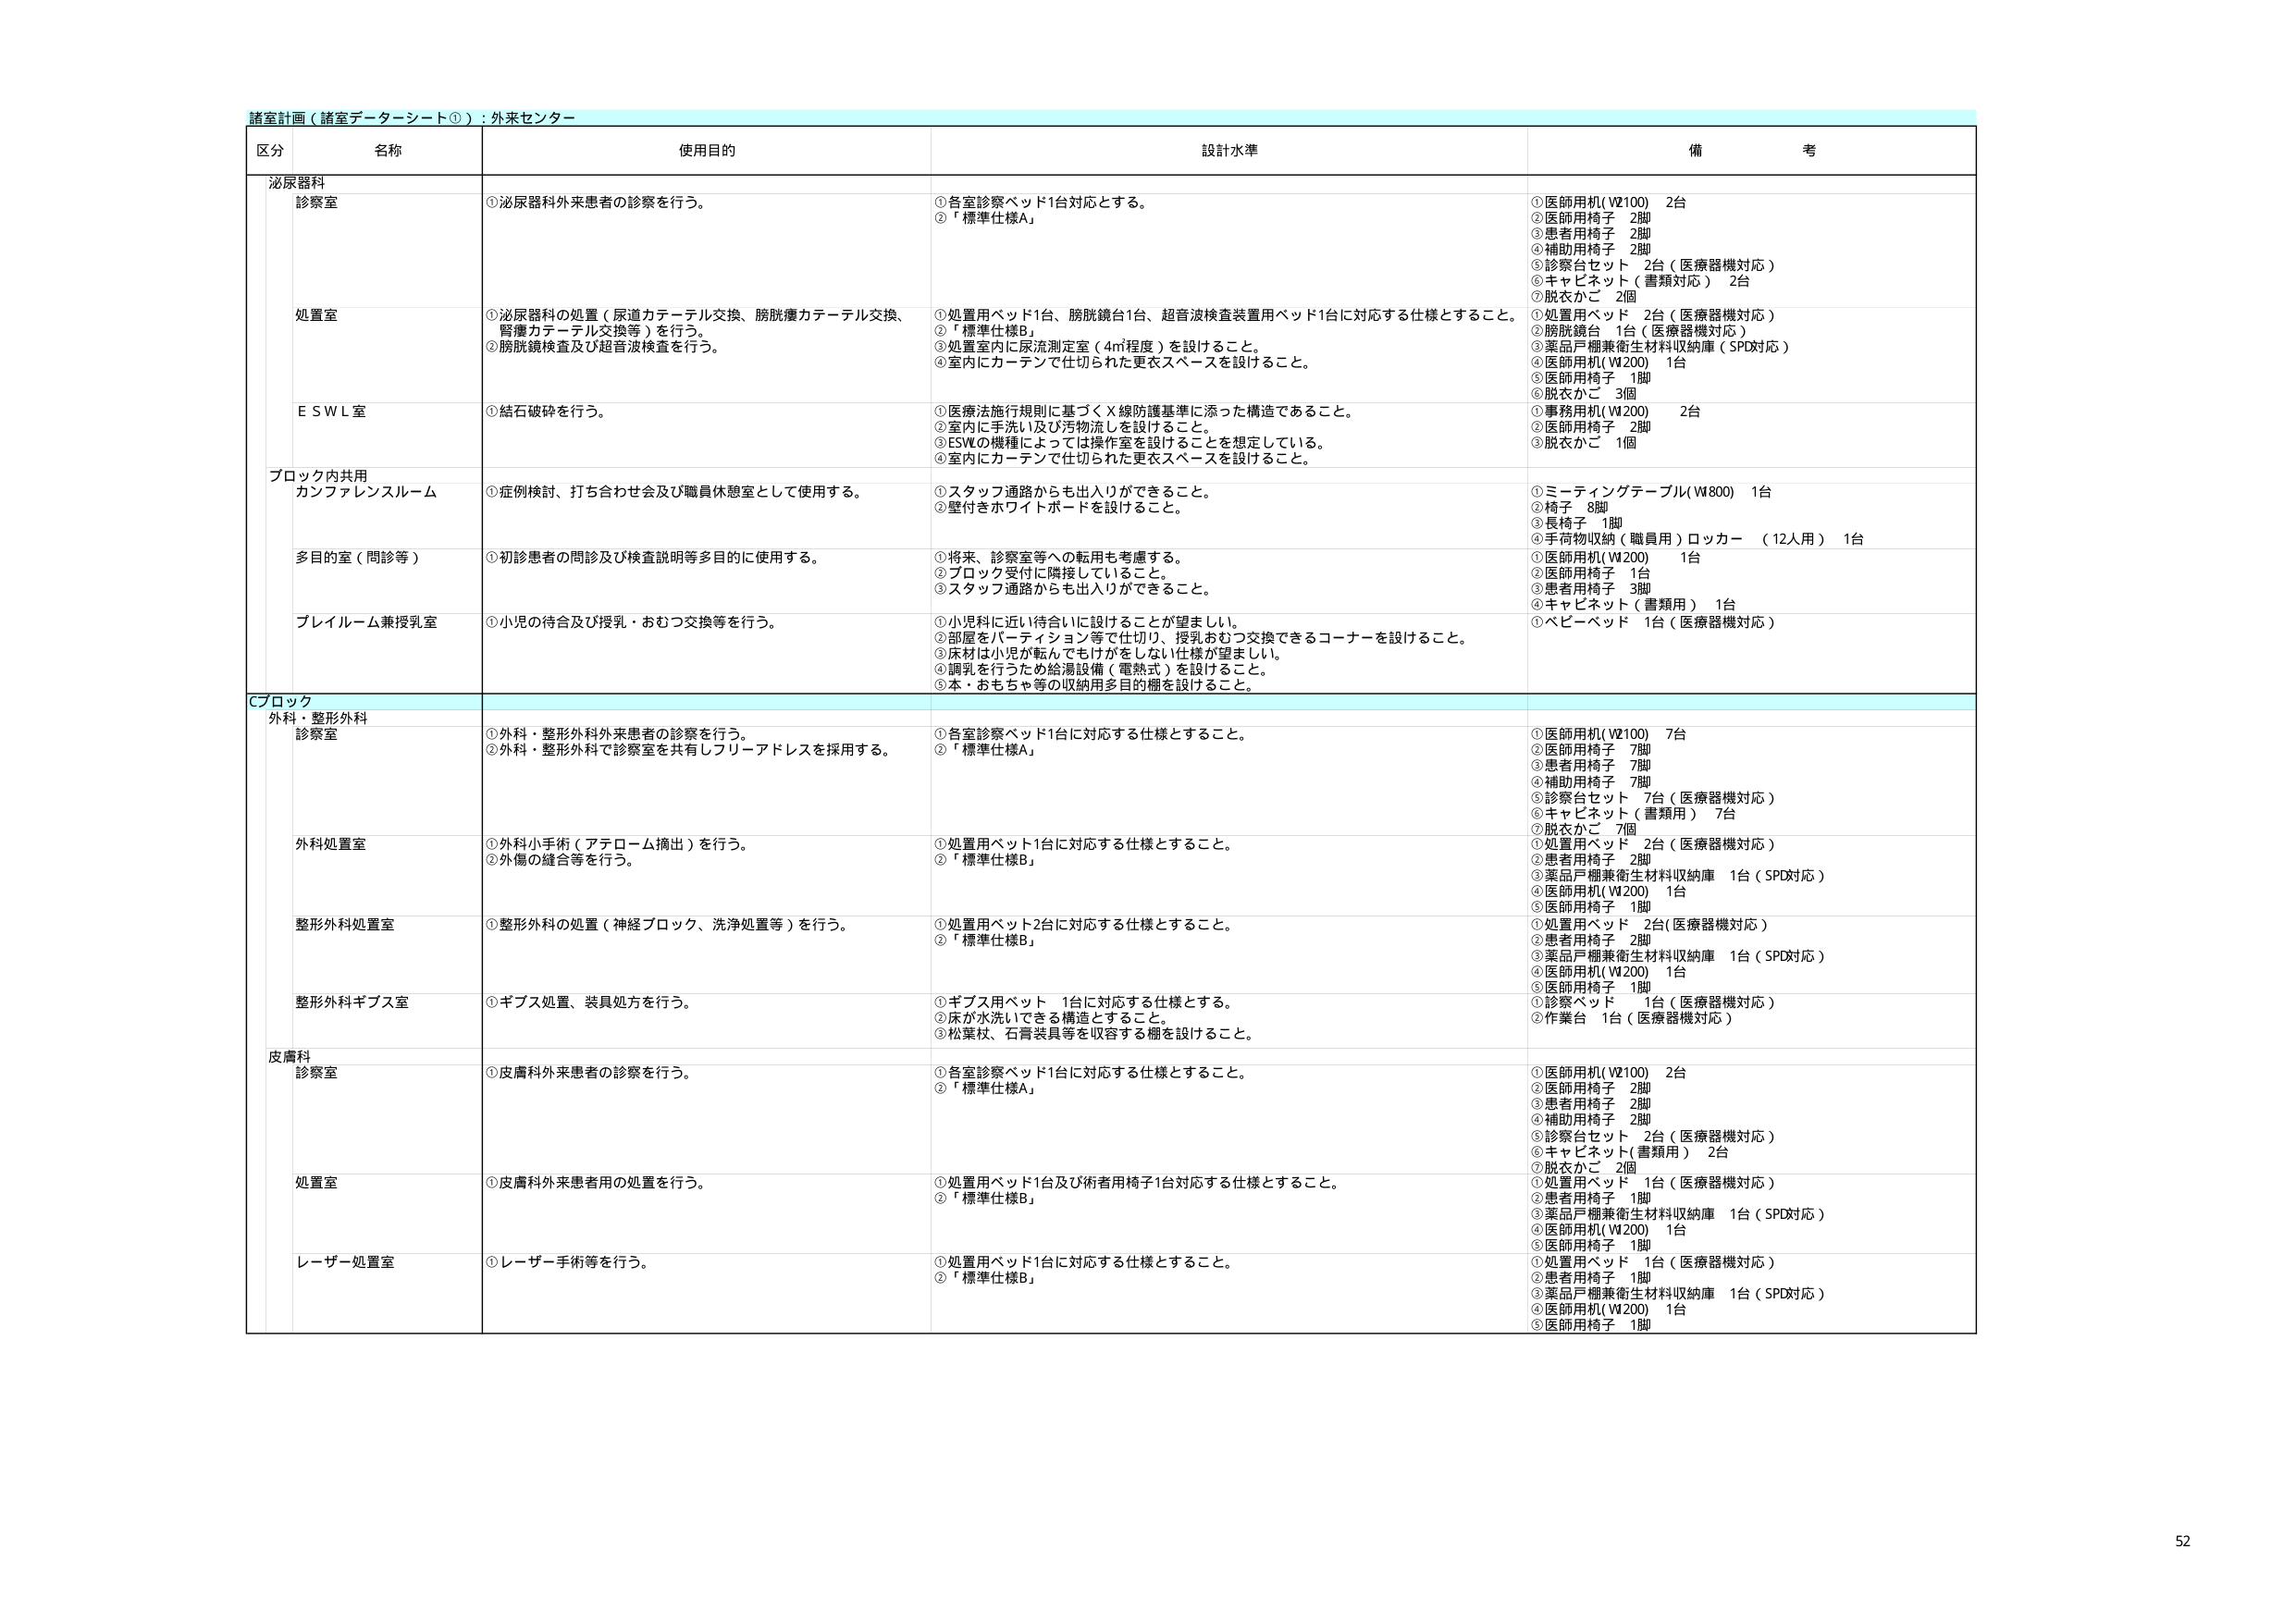
諸室計画（諸室データシート①）：外来センター

区分 名称 使用目的 設計水準 備考

泌尿器科
診察室
①泌尿器科外来患者の診察を行う。
①各室診察ベッド1台対応とする。
②「標準仕様A」
①医師用机(W100) 2台
②医師用椅子 2脚
③患者用椅子 2脚
④補助用椅子 2脚
⑤診察台セット 2台（医療器機対応）
⑥キャビネット（書類対応） 2台
⑦脱衣かご 2個

処置室
①泌尿器科の処置（尿道カテーテル交換、膀胱瘻カテーテル交換、腎瘻カテーテル交換等）を行う。
②膀胱鏡検査及び超音波検査を行う。
①処置用ベッド1台、膀胱鏡台1台、超音波検査装置用ベッド1台に対応する仕様とすること。
②「標準仕様B」
③処置室内に尿流測定室（4㎡程度）を設けること。
④室内にカーテンで仕切られた更衣スペースを設けること。
①処置用ベッド 2台（医療器機対応）
②膀胱鏡台 1台（医療器機対応）
③薬品戸棚兼衛生材料収納庫（SPD対応）
④医師用机(W200) 1台
⑤医師用椅子 1脚
⑥脱衣かご 3個

ＥＳＷＬ室
①結石破砕を行う。
①医療法施行規則に基づくＸ線防護基準に添った構造であること。
②室内に手洗い及び汚物洗いを設けること。
③ESWの機種によっては操作室を設けることを想定している。
④室内にカーテンで仕切られた更衣スペースを設けること。
①事務用机(W200) 2台
②医師用椅子 2脚
③脱衣かご 1個

ブロック内共用
カンファレンスルーム
①症例検討、打ち合わせ会及び職員休憩室として使用する。
①スタッフ通路からも出入りができること。
②壁付きホワイトボードを設けること。
①ミーティングテーブル(W800) 1台
②椅子 8脚
③長椅子 1脚
④手荷物収納（職員用）ロッカー （12人用） 1台

多目的室（問診等）
①初診患者の問診及び検査説明等多目的に使用する。
①将来、診察室等への転用も考慮する。
②ブロック受付に隣接していること。
③スタッフ通路からも出入りができること。
①医師用机(W200) 1台
②医師用椅子 1台
③患者用椅子 3脚
④キャビネット（書類用） 1台

ブレイルーム兼授乳室
①小児の待合及び授乳・おむつ交換等を行う。
①小児科に近い待合に設けることが望ましい。
②部屋をパーティション等で仕切り、授乳おむつ交換できるコーナーを設けること。
③床材は小児が転んでもけがしない仕様が望ましい。
④調乳を行うため給湯設備（電熱式）を設けること。
⑤本・おもちゃ等の収納用多目的棚を設けること。
①ベビーベッド 1台（医療器機対応）

Ｃブロック

外科・整形外科
診察室
①外科・整形外科外来患者の診察を行う。
②外科・整形外科で診察室を共有しフリーアドレスを採用する。
①各室診察ベッド1台に対応する仕様とすること。
②「標準仕様A」
①医師用机(W100) 7台
②医師用椅子 7脚
③患者用椅子 7脚
④補助用椅子 7脚
⑤診察台セット 7台（医療器機対応）
⑥キャビネット（書類用） 7台
⑦脱衣かご 7個

外科処置室
①外科小手術（アテローム摘出）を行う。
②外傷の縫合等を行う。
①処置用ベッド1台に対応する仕様とすること。
②「標準仕様B」
①処置用ベッド 2台（医療器機対応）
②患者用椅子 2脚
③薬品戸棚兼衛生材料収納庫 1台（SPD対応）
④医師用机(W200) 1台
⑤医師用椅子 1脚

整形外科処置室
①整形外科の処置（神経ブロック、洗浄処置等）を行う。
①処置用ベッド2台に対応する仕様とすること。
②「標準仕様B」
①処置用ベッド 2台（医療器機対応）
②患者用椅子 2脚
③薬品戸棚兼衛生材料収納庫 1台（SPD対応）
④医師用机(W200) 1台
⑤医師用椅子 1脚

整形外科ギプス室
①ギプス処置、装具処方を行う。
①ギプス用ベッド 1台に対応する仕様とすること。
②床が水洗いできる構造とすること。
③松葉杖、石膏装具等を収容する棚を設けること。
①診察ベッド 1台（医療器機対応）
②作業台 1台（医療器機対応）

皮膚科
診察室
①皮膚科外来患者の診察を行う。
①各室診察ベッド1台に対応する仕様とすること。
②「標準仕様A」
①医師用机(W100) 2台
②医師用椅子 2脚
③患者用椅子 2脚
④補助用椅子 2脚
⑤診察台セット 2台（医療器機対応）
⑥キャビネット（書類用） 2台
⑦脱衣かご 2個

処置室
①皮膚科外来患者用の処置を行う。
①処置用ベッド1台及び術者用椅子1台対応する仕様とすること。
②「標準仕様B」
①処置用ベッド 1台（医療器機対応）
②患者用椅子 1脚
③薬品戸棚兼衛生材料収納庫 1台（SPD対応）
④医師用机(W200) 1台
⑤医師用椅子 1脚

レーザー処置室
①レーザー手術等を行う。
①処置用ベッド1台に対応する仕様とすること。
②「標準仕様B」
①処置用ベッド 1台（医療器機対応）
②患者用椅子 1脚
③薬品戸棚兼衛生材料収納庫 1台（SPD対応）
④医師用机(W200) 1台
⑤医師用椅子 1脚

52